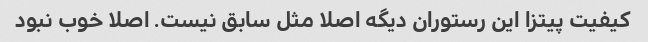
کیفیت پیتزا این رستوران دیگه اصلا مثل سابق نیست. اصلا خوب نبود